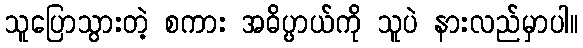
သူပြောသွားတဲ့ စကား အဓိပ္ပာယ်ကို သူပဲ နားလည်မှာပါ။